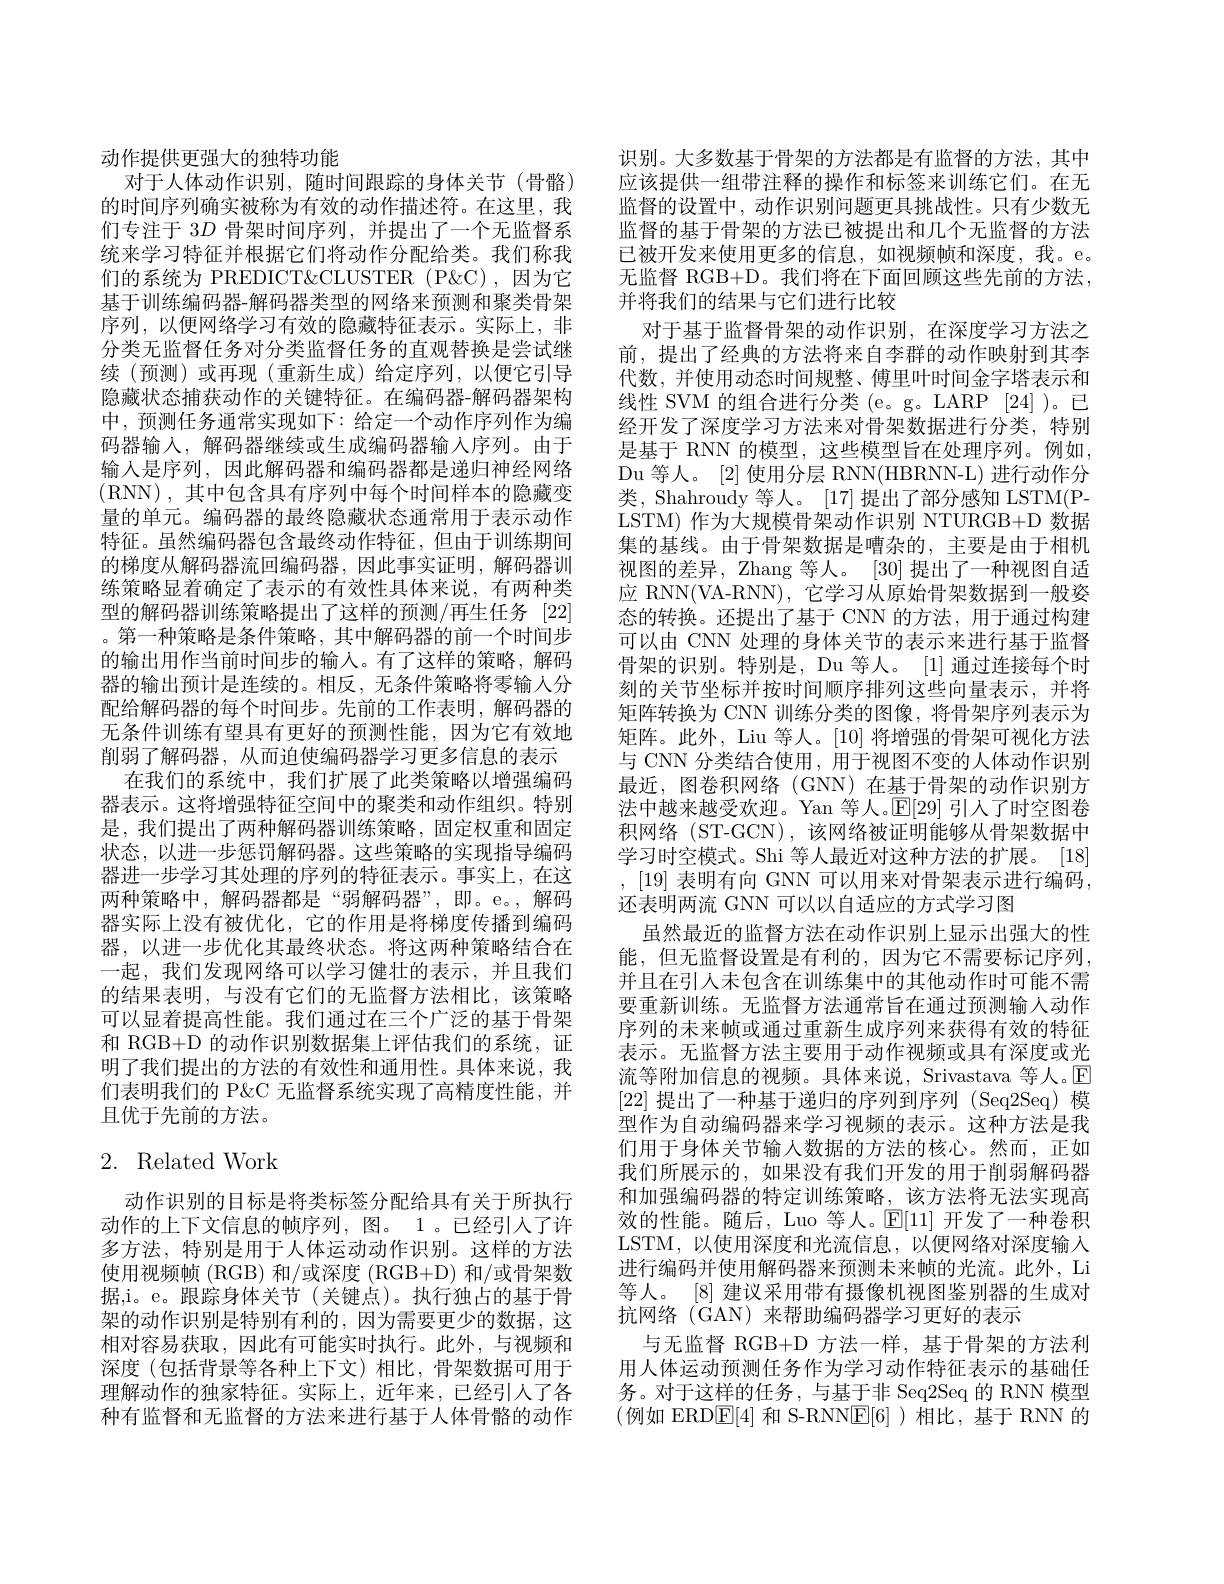
动作提供更强大的独特功能
对于人体动作识别，随时间跟踪的身体关节(骨骼) 的时间序列确实被称为有效的动作描述符。在这里，我们专注于$3D$骨架时间序列，并提出了一个无监督系统来学习特征并根据它们将动作分配给类。我们称我们的系统为 PREDICT&CLUSTER (P&CC),因为它基于训练编码器-解码器类型的网络来预测和聚类骨架序列，以便网络学习有效的隐藏特征表示。实际上，非分类无监督任务对分类监督任务的直观替换是尝试继续(预测)或再现(重新生成)给定序列，以便它引导隐藏状态捕获动作的关键特征。在编码器-解码器架构中，预测任务通常实现如下：给定一个动作序列作为编码器输入，解码器继续或生成编码器输人序列。由于输入是序列，因此解码器和编码器都是递归神经网络(RNN),其中包含具有序列中每个时间样本的隐藏变量的单元。编码器的最终隐藏状态通常用于表示动作特征。虽然编码器包含最终动作特征，但由于训练期间的梯度从解码器流回编码器，因此事实证明，解码器训练策略显着确定了表示的有效性具体来说，有两种类型的解码器训练策略提出了这样的预测/再生任务 [22] 。第一种策略是条件策略，其中解码器的前一个时间步的输出用作当前时间步的输入。有了这样的策略，解码器的输出预计是连续的。相反，无条件策略将零输人分配给解码器的每个时间步。先前的工作表明，解码器的无条件训练有望具有更好的预测性能，因为它有效地削弱了解码器，从而迫使编码器学习更多信息的表示
在我们的系统中，我们扩展了此类策略以增强编码器表示。这将增强特征空间中的聚类和动作组织。特别是，我们提出了两种解码器训练策略，固定权重和固定状态，以进一步惩罚解码器。这些策略的实现指导编码器进一步学习其处理的序列的特征表示。事实上，在这两种策略中，解码器都是“弱解码器”,即。e。,解码器实际上没有被优化，它的作用是将梯度传播到编码器，以进一步优化其最终状态。将这两种策略结合在一起，我们发现网络可以学习健壮的表示，并且我们的结果表明，与没有它们的无监督方法相比，该策略可以显着提高性能。我们通过在三个广泛的基于骨架和 RGB+D 的动作识别数据集上评估我们的系统，证明了我们提出的方法的有效性和通用性。具体来说，我们表明我们的 P&C 无监督系统实现了高精度性能，并且优于先前的方法。

# 2. Related Work

动作识别的目标是将类标签分配给具有关于所执行动作的上下文信息的帧序列，图。1。已经引人了许多方法，特别是用于人体运动动作识别。这样的方法使用视频帧(RGB)和/或深度(RGB+D) 和/或骨架数据，i。e。跟踪身体关节(关键点)。执行独占的基于骨架的动作识别是特别有利的，因为需要更少的数据，这相对容易获取，因此有可能实时执行。此外，与视频和深度(包括背景等各种上下文)相比，骨架数据可用于理解动作的独家特征。实际上，近年来，已经引人了各种有监督和无监督的方法来进行基于人体骨骼的动作

识别。大多数基于骨架的方法都是有监督的方法，其中应该提供一组带注释的操作和标签来训练它们。在无监督的设置中，动作识别问题更具挑战性。只有少数无监督的基于骨架的方法已被提出和几个无监督的方法已被开发来使用更多的信息，如视频帧和深度，我。e。无监督 RGB+D。我们将在下面回顾这些先前的方法， 并将我们的结果与它们进行比较
对于基于监督骨架的动作识别，在深度学习方法之前，提出了经典的方法将来自李群的动作映射到其李代数，并使用动态时间规整、傅里叶时间金字塔表示和线性 SVM 的组合进行分类 (e。g。LARP [24])。已经开发了深度学习方法来对骨架数据进行分类，特别是基于 RNN 的模型，这些模型旨在处理序列。例如Du 等人。[2]使用分层 RNN(HBRNN-L) 进行动作分类，Shahroudy 等人。[17]提出了部分感知 LSTM(PLSTM) 作为大规模骨架动作识别 NTURGB+D 数据集的基线。由于骨架数据是嘈杂的，主要是由于相机视图的差异，Zhang 等人。[30]提出了一种视图自适应 RNN(VA-RNN), 它学习从原始骨架数据到一般姿态的转换。还提出了基于 CNN 的方法，用于通过构建可以由 CNN 处理的身体关节的表示来进行基于监督骨架的识别。特别是，Du 等人。[1]通过连接每个时刻的关节坐标并按时间顺序排列这些向量表示，并将矩阵转换为 CNN 训练分类的图像，将骨架序列表示为矩阵。此外，Liu 等人。[10] 将增强的骨架可视化方法与 CNN 分类结合使用，用于视图不变的人体动作识别最近，图卷积网络(GNN)在基于骨架的动作识别方法中越来越受欢迎。Yan 等人。$\mathbb{E}[29]$引人了时空图卷积网络 (ST-GCN),该网络被证明能够从骨架数据中学习时空模式。Shi 等人最近对这种方法的扩展。[18] ,[19] 表明有向 GNN 可以用来对骨架表示进行编码， 还表明两流 GNN 可以以自适应的方式学习图
虽然最近的监督方法在动作识别上显示出强大的性能，但无监督设置是有利的，因为它不需要标记序列， 并且在引人未包含在训练集中的其他动作时可能不需要重新训练。无监督方法通常旨在通过预测输人动作序列的未来帧或通过重新生成序列来获得有效的特征表示。无监督方法主要用于动作视频或具有深度或光流等附加信息的视频。具体来说，Srivastava 等人。E [22]提出了一种基于递归的序列到序列(Seq2Seq)模型作为自动编码器来学习视频的表示。这种方法是我们用于身体关节输入数据的方法的核心。然而，正如我们所展示的，如果没有我们开发的用于削弱解码器和加强编码器的特定训练策略，该方法将无法实现高效的性能。随后，Luo 等人。$\mathbb{E}[11]$开发了一种卷积LSTM,以使用深度和光流信息，以便网络对深度输入进行编码并使用解码器来预测未来帧的光流。此外，Li 等人。[8] 建议采用带有摄像机视图鉴别器的生成对抗网络(GAN)来帮助编码器学习更好的表示
与无监督 RGB+D 方法一样，基于骨架的方法利用人体运动预测任务作为学习动作特征表示的基础任务。对于这样的任务，与基于非 Seq2Seq 的 RNN 模型(例如 ERD$\boxed{\mathrm{F}}[4]$ 和 S-RNN$\boxed{\mathrm{E}}[6]$ )相比，基于 RNN 的